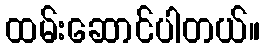
ထမ်းဆောင်ပါတယ်။